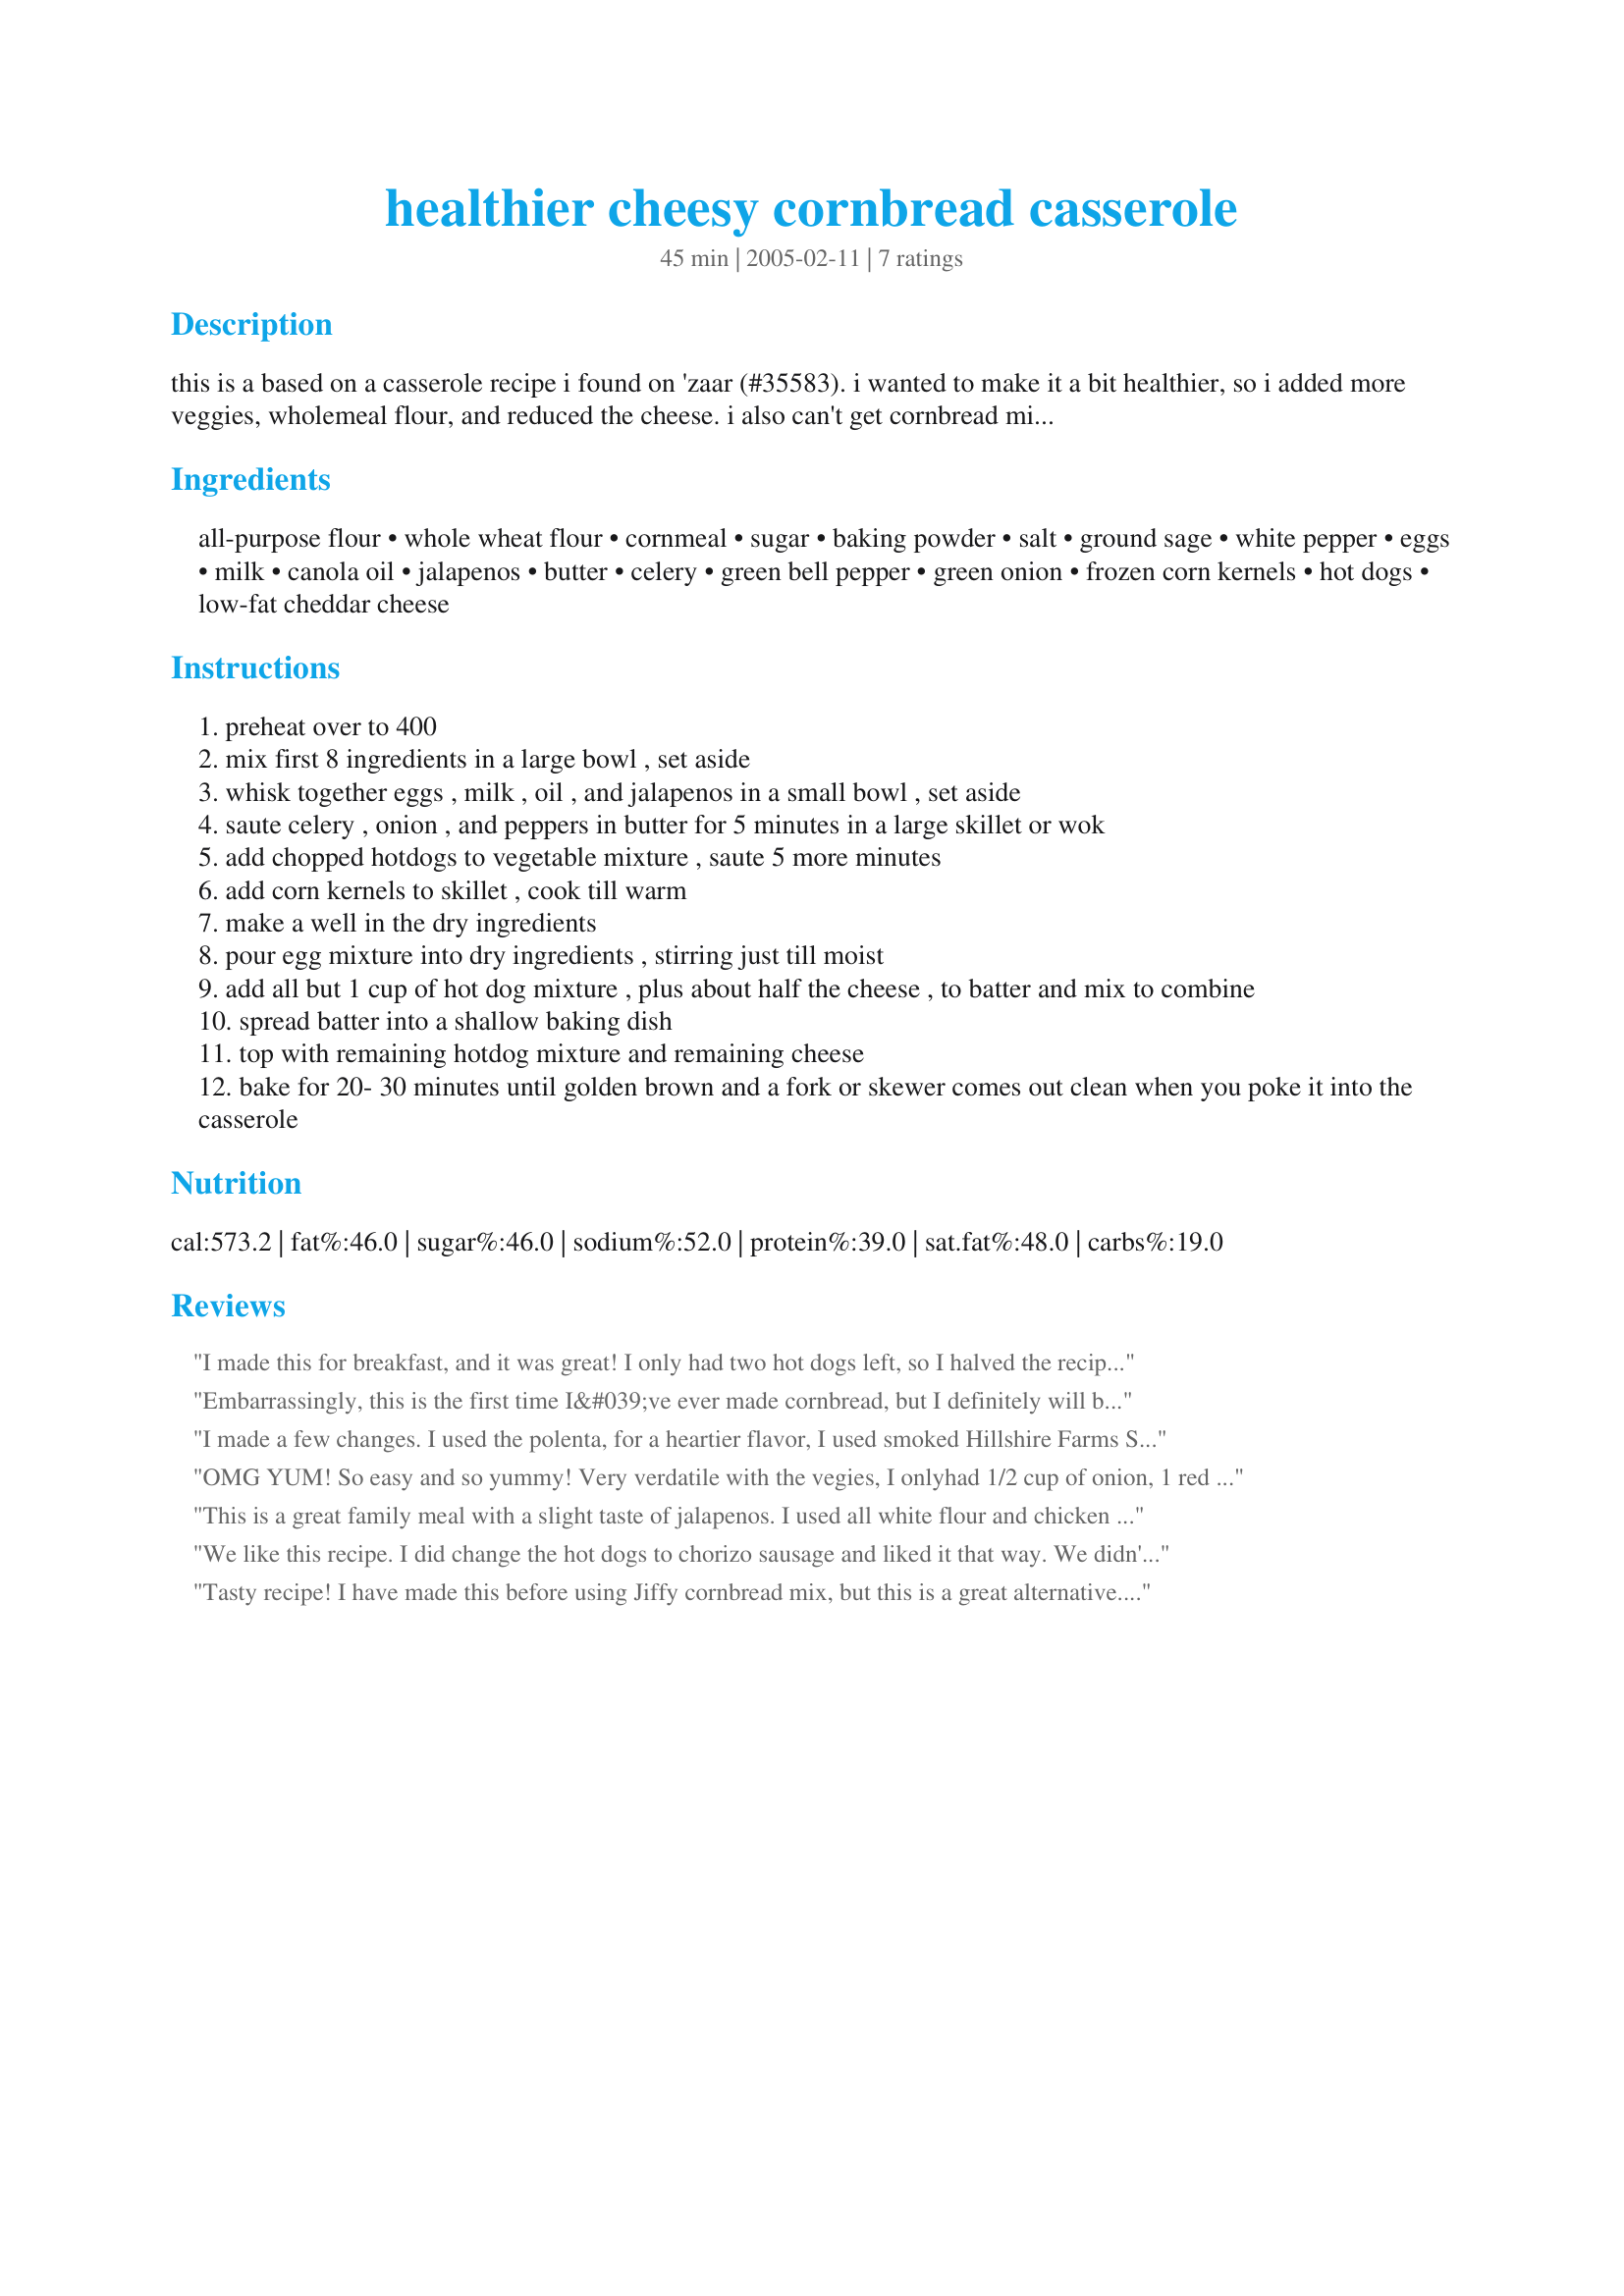
healthier cheesy cornbread casserole
Preparation time: 45 minutes

this is a based on a casserole recipe i found on 'zaar (#35583). i wanted to make it a bit healthier, so i added more veggies, wholemeal flour, and reduced the cheese. i also can't get cornbread mix where i am, so i had to combine it with a from-scratch cornbread recipe (#4496). i normally would just post my changes in the feedback, but these changes were pretty extensive and i am interested to see the difference in the nutritional values. you may need to fiddle with the baking time as i used a non-standard baking dish and i have a really dodgy oven. the original recipe called for a 3-qt dish and 30 minutes of baking time. note: i have updated this recipe as somehow managed to leave out the cornmeal! amazed that the review still came out so well *lol*!

Ingredients:
all-purpose flour, whole wheat flour, cornmeal, sugar, baking powder, salt, ground sage, white pepper, eggs, milk, canola oil, jalapenos, butter, celery, green bell pepper, green onion, frozen corn kernels, hot dogs, low-fat cheddar cheese

Steps:
preheat over to 400
mix first 8 ingredients in a large bowl , set aside
whisk together eggs , milk , oil , and jalapenos in a small bowl , set aside
saute celery , onion , and peppers in butter for 5 minutes in a large skillet or wok
add chopped hotdogs to vegetable mixture , saute 5 more minutes
add corn kernels to skillet , cook till warm
make a well in the dry ingredients
pour egg mixture into dry ingredients , stirring just till moist
add all but 1 cup of hot dog mixture , plus about half the cheese , to batter and mix to combine
spread batter into a shallow baking dish
top with remaining hotdog mixture and remaining cheese
bake for 20- 30 minutes until golden brown and a fork or skewer comes out clean when you poke it into the casserole

Reviews:
I made this for breakfast, and it was great! I only had two hot dogs left, so I halved the recipe and made it a little lean on meat. The only other modification was that I added honey in place of sugar. I would add more jalapeno next time, but my tastes are on the spicier side.
Embarrassingly, this is the first time I&#039;ve ever made cornbread, but I definitely will be again because this was delicious! Love all the flavours with the veg and hot dogs. We both loved this and will definitely be making again.
I made a few changes. I used the polenta, for a heartier flavor, I used smoked Hillshire Farms Smoked Sausage instead of hot dogs (not a fan of hot dogs) and changed the oil to peanut oil. We really enjoyed the flavors and texture! It&#039;s great on a chilly day and you just want comfort food without standing in the kitchen all day. It&#039;s a keeper!
OMG YUM!
So easy and so yummy!
Very verdatile with the vegies, I onlyhad 1/2 cup of onion, 1 red capsicum and some canned corn. I also used a light sprinkling of chilli flakes instead of the jalapenos and substituted vegetarian hot dogs. 
So simple and easy, but not quite so fast - probably took me an hour from go to whoa.
Would be great with a green salad.
Took me 20 minutes at 200 C in a fan-forced oven.
This is a great family meal with a slight taste of jalapenos. I used all white flour and chicken sausages. Both my girls really enjoyed it. Served with a salad. Thanks for posting, this was something very different for our family!
We like this recipe. I did change the hot dogs to chorizo sausage and liked it that way. We didn't have wheat flour, but next time I will make sure to add that. This is very good and we will be keeping this. Update: I just figured I can make this vegetarian using soy chorizo... I'll let you know of the results.
Tasty recipe! I have made this before using Jiffy cornbread mix, but this is a great alternative. I use veggie dogs instead of hotdogs and it comes out perfect. Thanks for posting!
